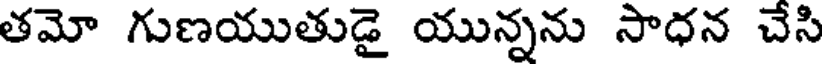
తమో గుణయుతుడై యున్నను సాధన చేసి